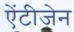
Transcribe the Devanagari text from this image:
ऐंटीजेन